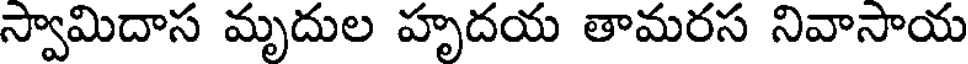
స్వామిదాస మృదుల హృదయ తామరస నివాసాయ